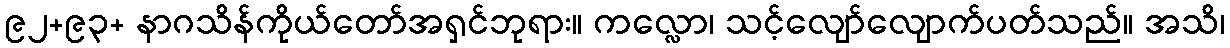
၉၂+၉၃+ နာဂသိန်ကိုယ်တော်အရှင်ဘုရား။ ကလ္လော၊ သင့်လျော်လျောက်ပတ်သည်။ အသိ၊